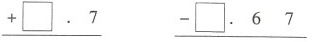
\underline{+□.7} \underline{-□.67}